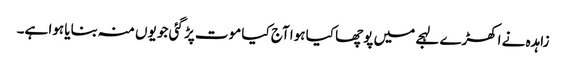
زاہدہ نے اکھڑے لہجے میں پوچھا کیا ہوا آج کیا موت پڑ گئی جو یوں منہ بنایا ہوا ہے۔